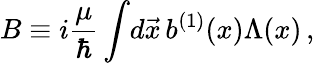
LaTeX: B\equiv i{\frac{\mu}{\hbar}}\int\! d\vec{x}\, b^{(1)}(x)\Lambda(x)\, ,